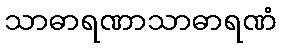
သာဓာရဏာသာဓာရဏံ